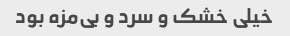
خیلی خشک و سرد و بی‌مزه بود